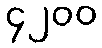
၄၂၀၀